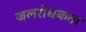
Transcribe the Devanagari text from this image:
जलरोधकता